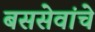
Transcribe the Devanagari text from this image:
बससेवांचे